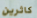
كاثرين